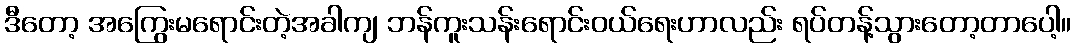
ဒီတော့ အကြွေးမရောင်းတဲ့အခါကျ ဘန်ကူးသန်းရောင်းဝယ်ရေးဟာလည်း ရပ်တန့်သွားတော့တာပေါ့။